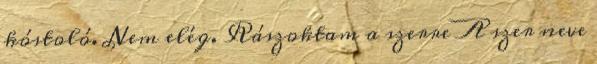
kóstoló. Nem elég. Rászoktam a szerre A szer neve